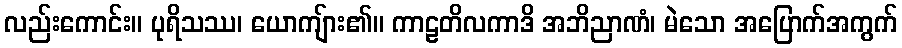
လည်းကောင်း။ ပုရိသဿ၊ ယောကျ်ား၏။ ကာဠတိလကာဒိ အဘိညာဏံ၊ မဲသော အပြောက်အကွက်